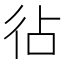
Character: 𢓕